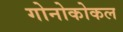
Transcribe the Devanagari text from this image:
गोनोकोकल